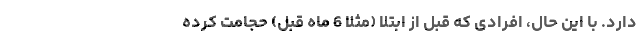
دارد. با این حال، افرادی که قبل از ابتلا (مثلاً 6 ماه قبل) حجامت کرده